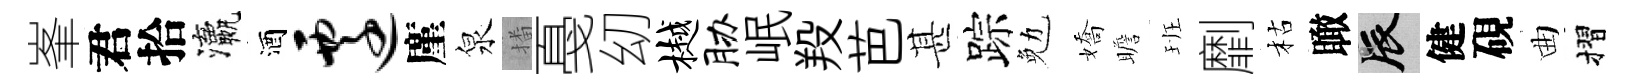
峯君拾瀛酒迁廑泉播戞㓜樾胁岷羖芭甚踪勉嬌瞻班劘枯瞰辰健硯曲摺